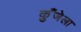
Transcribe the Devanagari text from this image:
कुँजेला